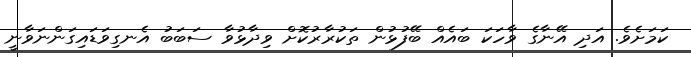
ކަމަށެވެ. އަދި އޭނާގެ ވާހަކަ ބައެއް ބޭފުޅުން ތަކުރާރުކޮށް ވިދާޅުވާ ސަބަބު އެނގިވަޑައިގަންނަވާނީ